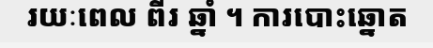
រយៈពេល ពីរ ឆ្នាំ ។ ការបោះឆ្នោត